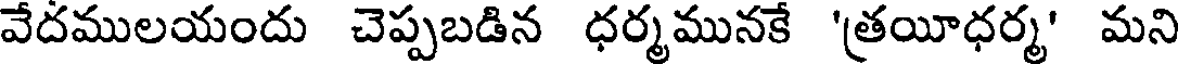
వేదములయందు చెప్పబడిన ధర్మమునకే 'త్రయీధర్మ' మని